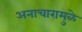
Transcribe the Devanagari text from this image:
अनाचारामुळे